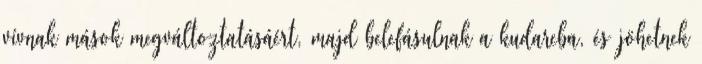
vívnak mások megváltoztatásáért, majd belefásulnak a kudarcba, és jöhetnek